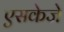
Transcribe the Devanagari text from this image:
एसकेजे